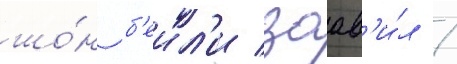
шо́н б'еил'и заав'и́л /